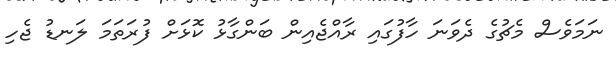
ނަމަވެސް މެޗުގެ ދެވަނަ ހާފުގައި ރާއްޖެއިން ބަންގާޅު ކޮޅަށް ފުރަތަމަ ލަނޑު ޖެހި